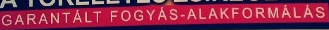
GARANTALT FOGYAS-ALAKFORMALAS